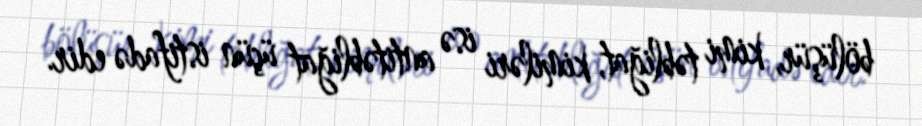
bölüşür, kimi təbliğat, kimiləri isə antitəbliğat üçün istifadə edir.